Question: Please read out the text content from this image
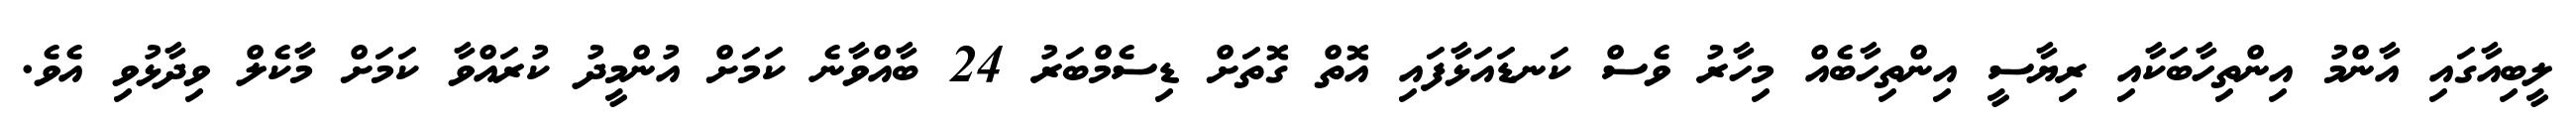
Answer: ލީބިއާގައި އާންމު އިންތިހާބަކާއި ރިޔާސީ އިންތިހާބެއް މިހާރު ވެސް ކަނޑައަޅާފައި އޮތް ގޮތަށް ޑިސެމްބަރު 24 ބާއްވާނެ ކަމަށް އުންމީދު ކުރައްވާ ކަމަށް މާކެލް ވިދާޅުވި އެވެ.